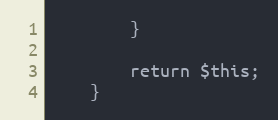
Language: PHP
        }

        return $this;
    }